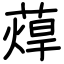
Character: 蔊